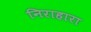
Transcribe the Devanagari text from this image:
निराहारा